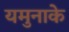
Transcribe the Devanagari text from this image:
यमुनाके